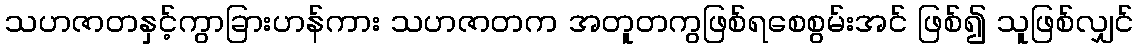
သဟဇာတနှင့်ကွာခြားဟန်ကား သဟဇာတက အတူတကွဖြစ်ရစေစွမ်းအင် ဖြစ်၍ သူဖြစ်လျှင်